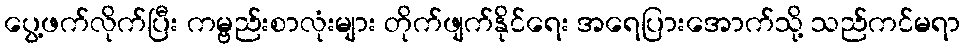
ပွေ့ဖက်လိုက်ပြီး ကမ္ဗည်းစာလုံးများ တိုက်ဖျက်နိုင်ရေး အရေပြားအောက်သို့ သည်ကင်မရာ